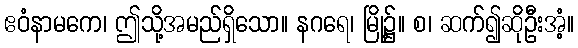
ဧဝံနာမကေ၊ ဤသို့အမည်ရှိသော။ နဂရေ၊ မြို့၌။ စ၊ ဆက်၍ဆိုဦးအံ့။